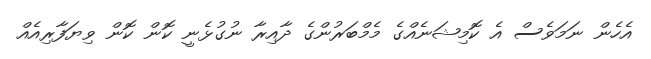
އެެހެން ނަމަވެސް އެ ކޮމިޝަނެއްގެ މެމްބަރުންގެ ދާއިރާ ނުގުޅެނީ ކޮން ކޮން ވިޔަފާރިއެއް